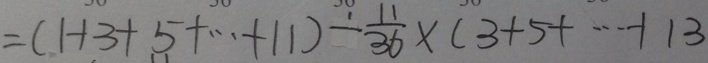
= ( 1 + 3 + 5 + \cdots + 1 1 ) - \frac { 1 1 } { 3 6 } \times ( 3 + 5 + \cdots + 1 3